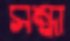
সন্ধা